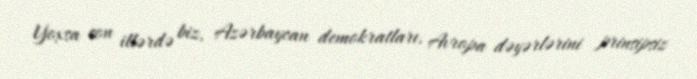
Yoxsa son illərdə biz, Azərbaycan demokratları, Avropa dəyərlərini prinsipsiz